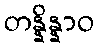
တန္နိန္နာဝ